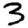
Digit: 3